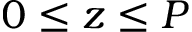
0 \leq z \leq P